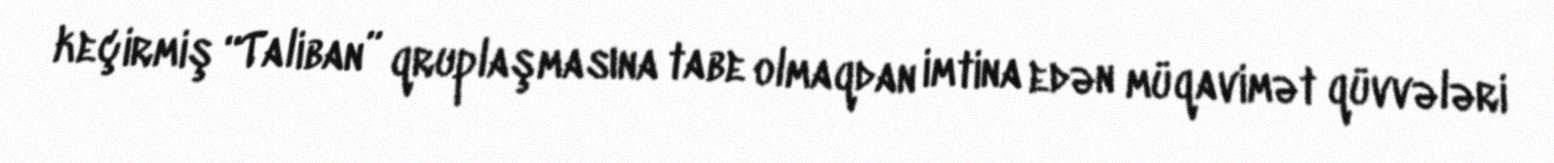
keçirmiş “Taliban” qruplaşmasına tabe olmaqdan imtina edən müqavimət qüvvələri